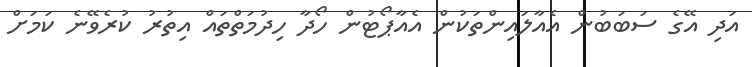
އަދި އޭގެ ސަބަބުން އެއާލައިންތަކުން އެއާޕޯޓުން ހޯދާ ހިދުމަތްތައް އިތުރު ކުރެވޭނެ ކަމަށް